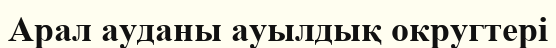
Арал ауданы ауылдық округтері